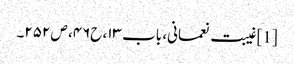
[1] غیبت نعمانی، باب ۱۳، ح۴۶، ص ۲۵۲۔